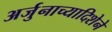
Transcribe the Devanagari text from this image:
अर्जुनाच्यादिशेने